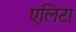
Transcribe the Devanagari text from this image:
एलिटा